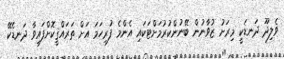
ވެލިދޫ ދަނޑަކީ މިރަށު ޒުވާނުން ބޭނުންކުރުމަށްޓަކައި އެންމެ ފުރިހަމަ އަށް ތަރައްޤީކޮށްފައިވާ ދަނޑެކޭ